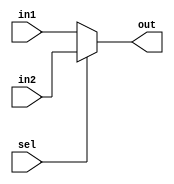
module mux21_32(out,in1,in2,sel);
input [0:31]in1,in2;
input sel;
output [0:31]out;
reg [0:31]out;
always@(in1 or in2 or sel)
begin
if(sel==0) out=in1;
else out=in2;


end
endmodule


module testbench;
reg [0:31]in1,in2;
reg sel;
wire [0:31]out;
mux21_32 m(out,in1,in2,sel);
initial
begin
$monitor ($time,"|in1=%b|in2=%b|sel=%b|out=%b",in1,in2,sel,out);
in1=32'b11111111111111111111111111111111;
in2=32'b00000000000000000000000000000000;
#2 sel=1'b0;
#5 sel=1'b1;
#10 sel =1'b0;
end
endmodule